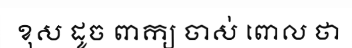
ខុស ដូច ពាក្យ ចាស់ ពោល ថា